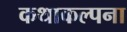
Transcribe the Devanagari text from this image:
कथाकल्पना